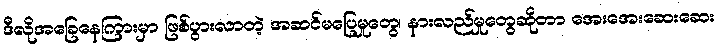
ဒီလိုအခြေနေကြားမှာ ဖြစ်ပွားလာတဲ့ အဆင်မပြေမှုတွေ၊ နားလည်မှုတွေဆိုတာ အေးအေးဆေးဆေး